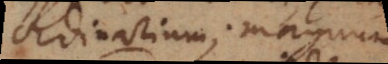
extraordinarium; magnum